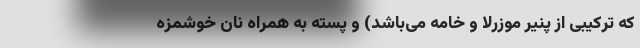
که ترکیبی از پنیر موزرلا و خامه می‌باشد) و پسته به همراه نان خوشمزه